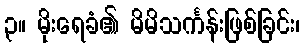
၃။ မိုးရေခံ၏ မိမိသင်္ကန်းဖြစ်ခြင်း၊